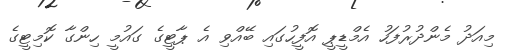
މިއަދު މެންދުރުފަހު އެމްޑީޕީ އޮފީހުގައި ބޭއްވި އެ ޕާޓީގެ ގައުމީ ހިންގާ ކޮމިޓީގެ